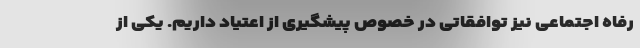
رفاه اجتماعی نیز توافقاتی در خصوص پیشگیری از اعتیاد داریم. یکی از